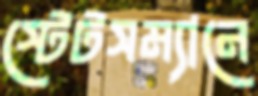
স্টেটসম্যানে